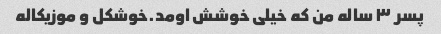
پسر ۳ ساله من که خیلی خوشش اومد.خوشکل و موزیکاله